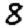
Digit: 8